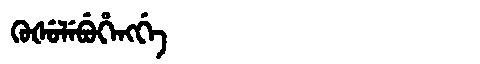
Manchu: ᡴᡠᡧᡠᠯᡝᠪᡠᡥᡝᠩᡤᡝ
Romanization: KUŠULEBUHENGGE